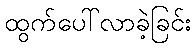
ထွက်ပေါ်လာခဲ့ခြင်း